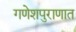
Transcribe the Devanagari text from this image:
गणेशपुराणात